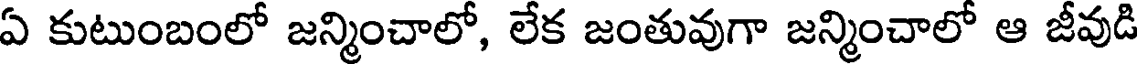
ఏ కుటుంబంలో జన్మించాలో, లేక జంతువుగా జన్మించాలో ఆ జీవుడి